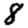
Digit: 8